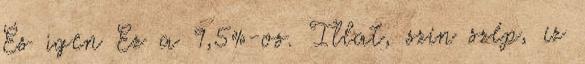
És igen Ez a 9,5%-os. Illat, szín szép, íz